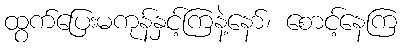
ထွက်ပြေးမကုန်နှင့်ကြနဲ့နော်၊ စောင့်နေကြ